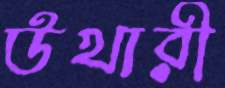
উখারী